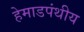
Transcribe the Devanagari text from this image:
हेमाडपंथीय